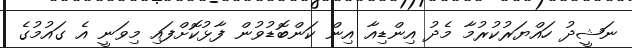
ނަޝީދު ހައްޔަރުކުރުމާ މެދު އިންޑިއާ އިން ކަންބޮޑުވުން ފާޅުކޮށްފައި މިވަނީ އެ ގައުމުގެ